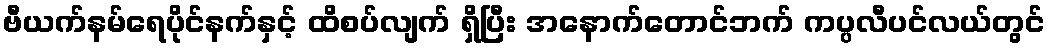
ဗီယက်နမ်ရေပိုင်နက်နှင့် ထိစပ်လျက် ရှိပြီး အနောက်တောင်ဘက် ကပ္ပလီပင်လယ်တွင်